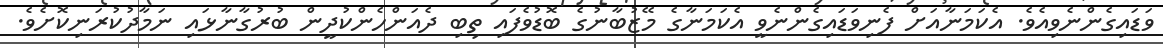
ވަޑައިގެންނެވިއެވެ. އެކަމަނާއަށް ފެނިވަޑައިގެންނެވީ އެކަމަނާގެ މޭޒުބާނުގެ ބޮޑުވެފައި ތިބި ދެއަންހެންކުދީން ބުރުގާނާޅައި ނަމާދުކުރަނިކޮށެވެ.